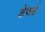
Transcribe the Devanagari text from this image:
शेफचे